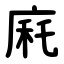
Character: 㢉